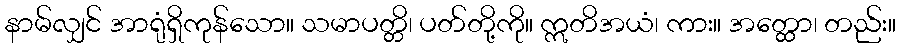
နာမ်လျှင် အာရုံရှိကုန်သော။ သမာပတ္တိ၊ ပတ်တို့ကို။ ဣတိအယံ၊ ကား။ အတ္ထော၊ တည်း။